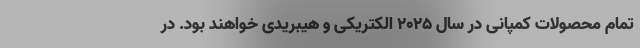
تمام محصولات کمپانی در سال 2025 الکتریکی و هیبریدی خواهند بود. در